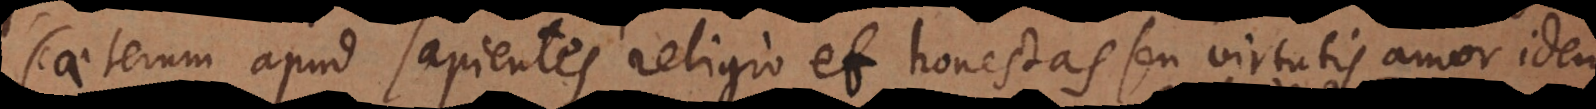
Caeterum apud sapientes religio et honestas seu virtutis amor idem